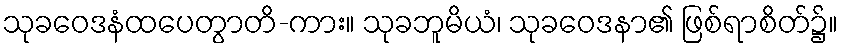
သုခဝေဒနံထပေတွာတိ-ကား။ သုခဘူမိယံ၊ သုခဝေဒနာ၏ ဖြစ်ရာစိတ်၌။